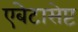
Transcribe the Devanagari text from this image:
एबेटासेप्ट